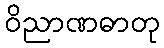
ဝိညာဏဓာတု